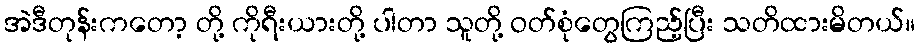
အဲဒီတုန်းကတော့ တို့ ကိုရီးယားတို့ ပါတာ သူတို့ ဝတ်စုံတွေကြည့်ပြီး သတိထားမိတယ်။